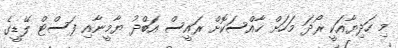
މި ހަދިޔާއަކީ ރޯދަ މަހަށް ހާއްސަކޮށް ރައީސް އަބްދު ޔާމީނާއި ފަސްޓް ލޭޑީގެ